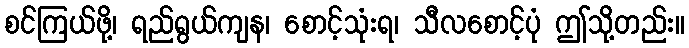
စင်ကြယ်ဖို့၊ ရည်ရွယ်ကျန၊ စောင့်သုံးရ၊ သီလစောင့်ပုံ ဤသို့တည်း။